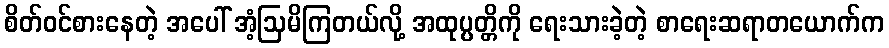
စိတ်ဝင်စားနေတဲ့ အပေါ် အံ့ဩမိကြတယ်လို့ အထုပ္ပတ္တိကို ရေးသားခဲ့တဲ့ စာရေးဆရာတယောက်က